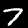
Label: 7